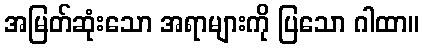
အမြတ်ဆုံးသော အရာများကို ပြသော ဂါထာ။